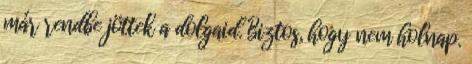
már rendbe jöttek a dolgaid. Biztos, hogy nem holnap.